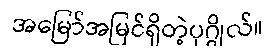
အမြော်အမြင်ရှိတဲ့ပုဂ္ဂိုလ်။